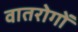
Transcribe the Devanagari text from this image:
वातरोगों